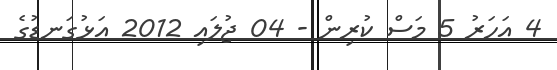
4 އަހަރު 5 މަސް ކުރިން - 04 ޖުލައި 2012 އަޅުގަނޑުގެ